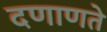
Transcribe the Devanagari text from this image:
दणाणते